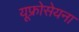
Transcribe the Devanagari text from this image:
यूफ्रोसेयना